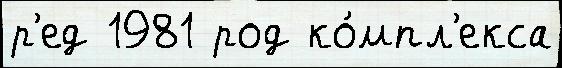
р'ед 1981 род ко́мпл'екса